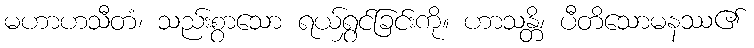
မဟာဟသီတံ၊ သည်းစွာသော ရယ်ရွှင်ခြင်းကို။ ဟာသန္တိ၊ ပီတိသောမနဿ၏